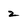
Character: 2